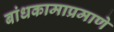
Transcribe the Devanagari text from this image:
बांधकामाप्रमाणे